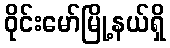
ဝိုင်းမော်မြို့နယ်ရှိ